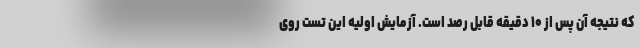
که نتیجه آن پس از ۱۰ دقیقه قابل رصد است. آزمایش اولیه این تست روی